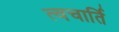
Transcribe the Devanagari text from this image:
त्वचार्ति